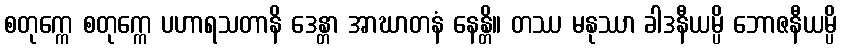
စတုက္ကေ စတုက္ကေ ပဟာရသတာနိ ဒေန္တာ အာဃာတနံ နေန္တိ။ တဿ မနုဿာ ခါဒနီယမ္ပိ ဘောဇနီယမ္ပိ